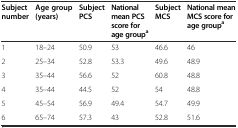
<table><thead><tr><td><b>Subject number</b></td><td><b>Age group (years)</b></td><td><b>Subject PCS</b></td><td><b>National mean PCS score for age group<sup>a</sup></b></td><td><b>Subject MCS</b></td><td><b>National mean MCS score for age group<sup>a</sup></b></td></tr></thead><tbody><tr><td>1</td><td>18–24</td><td>50.9</td><td>53</td><td>46.6</td><td>46</td></tr><tr><td>2</td><td>25–34</td><td>52.8</td><td>53.3</td><td>49.6</td><td>48.9</td></tr><tr><td>3</td><td>35–44</td><td>56.6</td><td>52</td><td>60.8</td><td>48.8</td></tr><tr><td>4</td><td>35–44</td><td>44.5</td><td>52</td><td>54</td><td>48.8</td></tr><tr><td>5</td><td>45–54</td><td>56.9</td><td>49.4</td><td>54.7</td><td>49.9</td></tr><tr><td>6</td><td>65–74</td><td>57.3</td><td>43</td><td>52.8</td><td>51.6</td></tr></tbody></table>